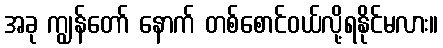
အခု ကျွန်တော် နောက် တစ်စောင်ဝယ်လို့ရနိုင်မလား။